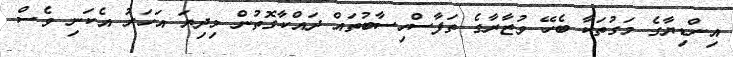
އިންޑިޔާގެ މަގުތަކާ ބެހޭ ވުޒާރާގެ ތަފާސްހިސާބުތައް ދައްކާގޮތުން މިދިޔަ އަހަރު އެކަނި ވެސް